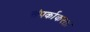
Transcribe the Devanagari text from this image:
संपर्काकरता